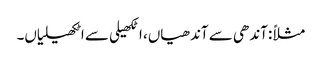
مثلاً :آندھی سے آندھیاں، اٹکھیلی سے اٹکھیلیاں۔